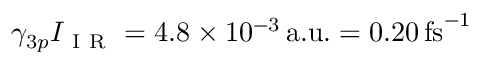
\gamma _ { 3 p } I _ { \mathrm { ~ I ~ R ~ } } = 4 . 8 \times 1 0 ^ { - 3 } \, \mathrm { { a . u . } = 0 . 2 0 \, \mathrm { { f s } ^ { - 1 } } }